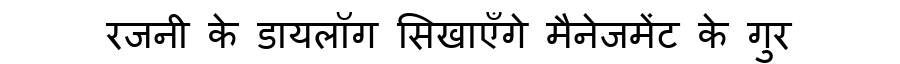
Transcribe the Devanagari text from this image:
रजनी के डायलॉग सिखाएँगे मैनेजमेंट के गुर